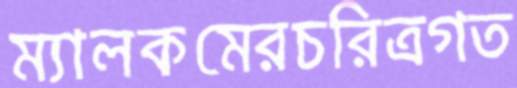
ম্যালকমেরচরিত্রগত